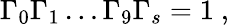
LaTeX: \Gamma_{0}\Gamma_{1}\dots\Gamma_{9}\Gamma_{s}=1\ ,